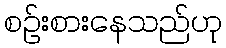
စဉ်းစားနေသည်ဟု